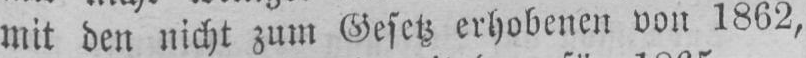
mit den nicht zum Gesetz erhobenen von 1862,